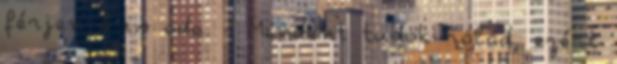
férjen ő is oda. - Mindent tudok rólad, ezért